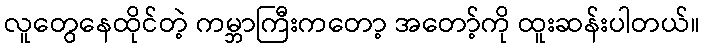
လူတွေနေထိုင်တဲ့ ကမ္ဘာကြီးကတော့ အတော့်ကို ထူးဆန်းပါတယ်။